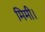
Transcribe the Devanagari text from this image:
मिमी।